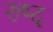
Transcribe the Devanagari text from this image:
रुष्द